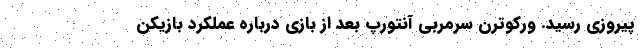
پیروزی رسید. ورکوترن سرمربی آنتورپ بعد از بازی درباره عملکرد بازیکن